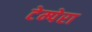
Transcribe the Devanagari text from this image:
टेम्पेरा